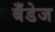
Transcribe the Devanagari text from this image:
बँडेज